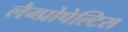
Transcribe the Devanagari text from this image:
लैम्प्रोपेल्टिस